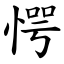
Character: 愕